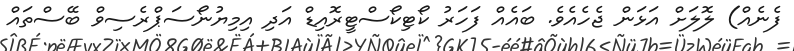
ފެނެއް) ލޮލަށް އަޅަން ޖެހެއެވެ. ބައެއް ފަހަރު ކޯޓިކޯސްޓީރޮއިޑް އަދި އިމިޔުނޯސަޕްރެސިވް ބޭސްތައް